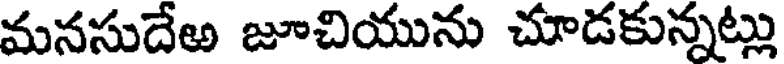
మనసుదేఱ జూచియును చూడకున్నట్లు